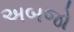
અબજો